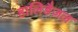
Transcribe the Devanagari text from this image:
हालिडैज़ल